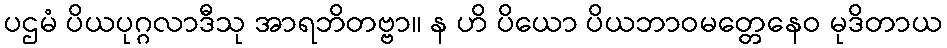
ပဌမံ ပိယပုဂ္ဂလာဒီသု အာရဘိတဗ္ဗာ။ န ဟိ ပိယော ပိယဘာဝမတ္တေနေဝ မုဒိတာယ